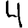
Digit: 4